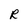
Character: R